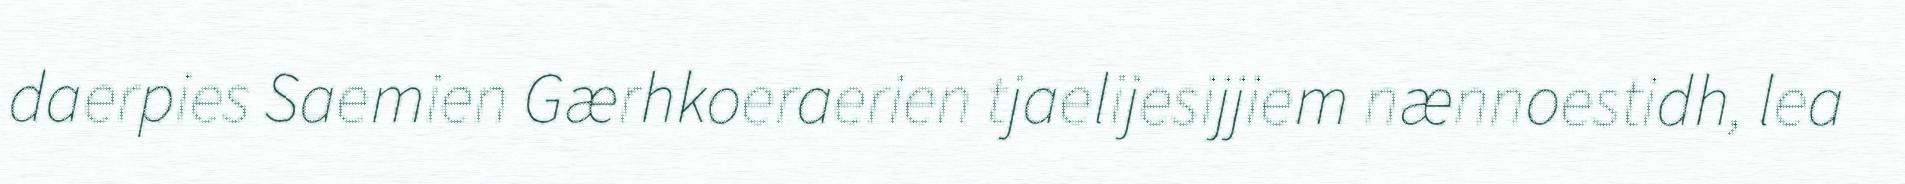
daerpies Saemien Gærhkoeraerien tjaelijesijjiem nænnoestidh, lea